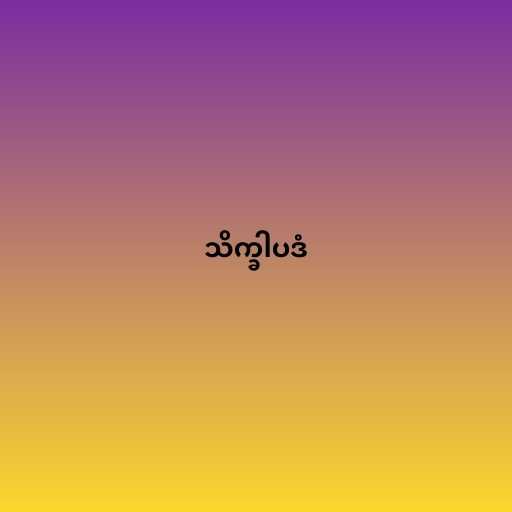
သိက္ခါပဒံ